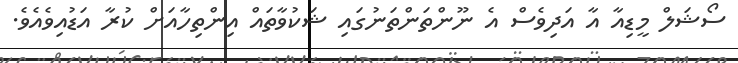
ސޯޝަލް މީޑިއާ އާ އަދިވެސް އެ ނޫންތަންތަނުގައި ޝަކުވާތައް އިންތިހާއަށް ކުރާ އަޑުއިވެއެވެ.